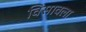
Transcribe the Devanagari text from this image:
विसावला